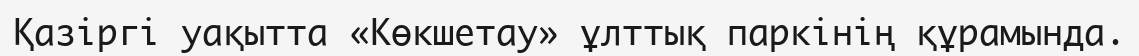
Қазіргі уақытта «Көкшетау» ұлттық паркінің құрамында.